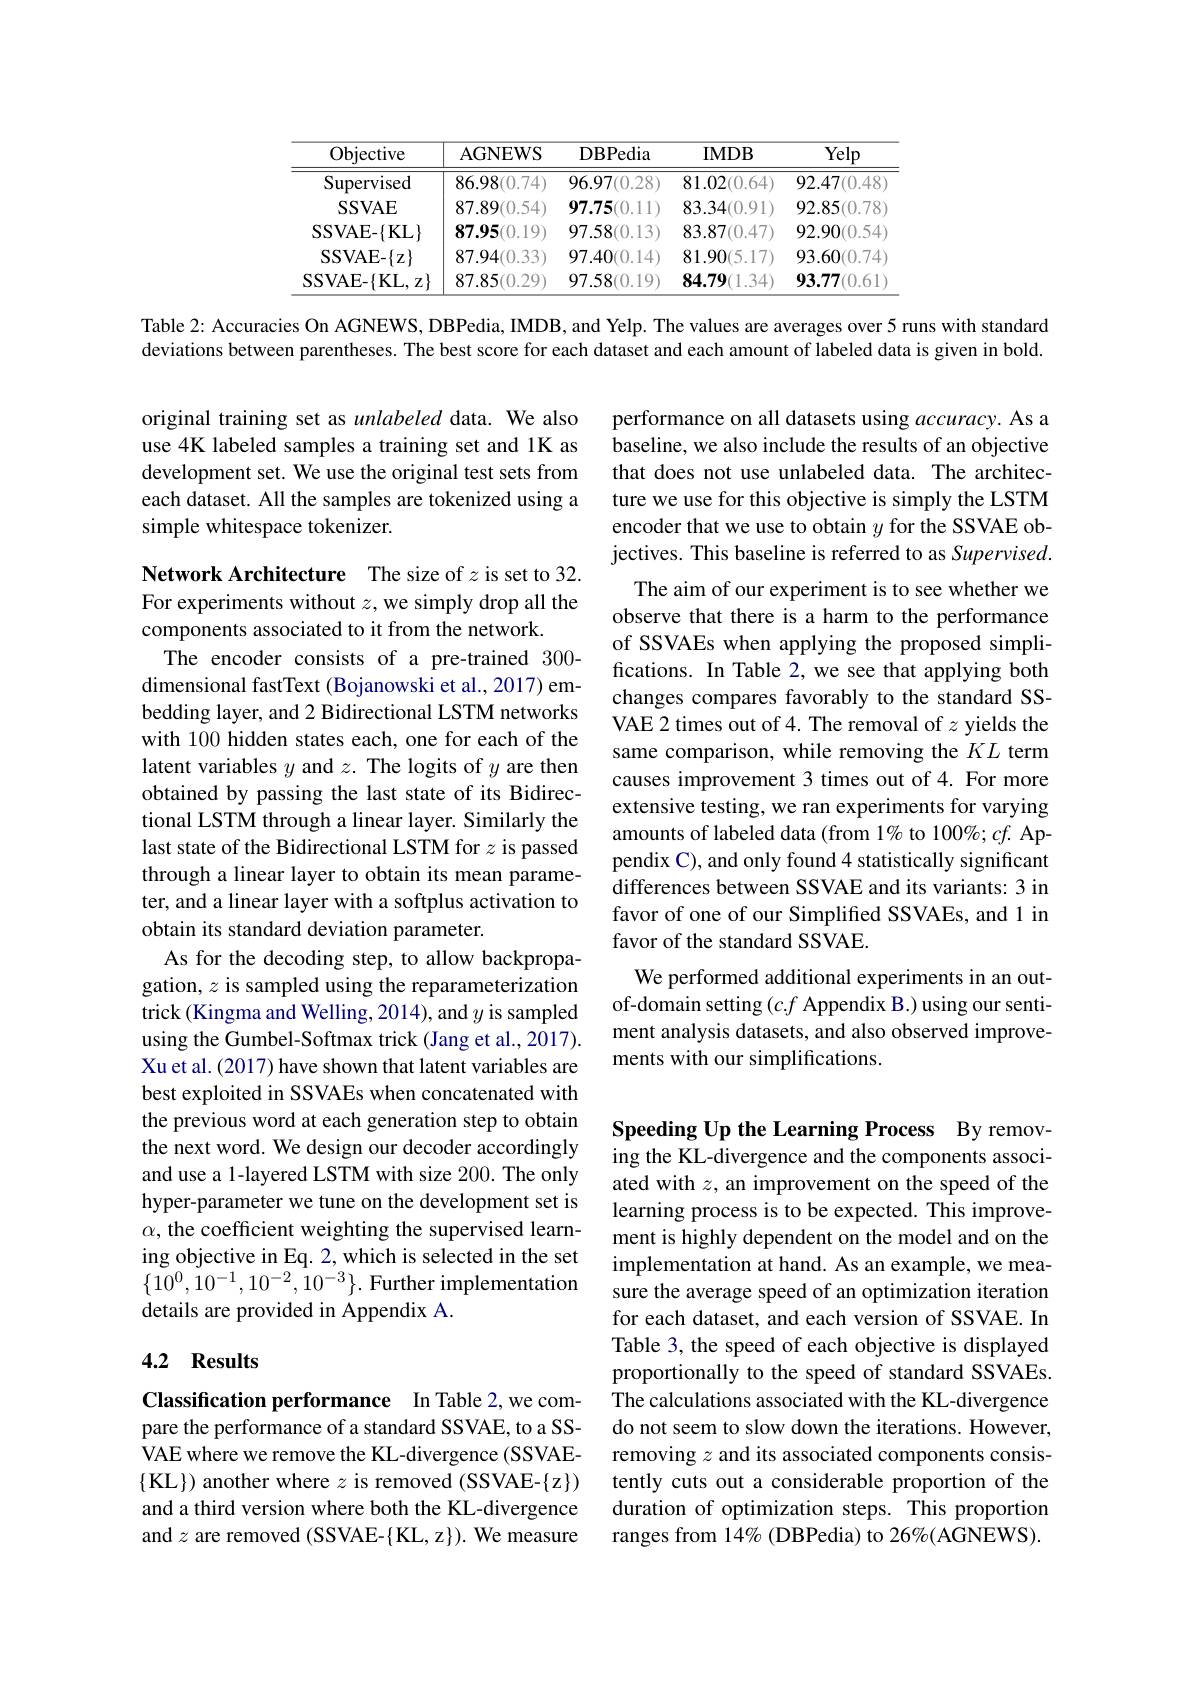
<table>
	<tbody>
		<tr>
			<th>Objective</th>
			<th>AGNEWS</th>
			<th>DBPedia</th>
			<th>$IMDB$</th>
			<th>Yelp</th>
		</tr>
		<tr>
			<td>Supervised</td>
			<td>86.98(0.74)</td>
			<td>96.97(0.28)</td>
			<td>81.02(0.64)</td>
			<td>92.47(0.48</td>
		</tr>
		<tr>
			<td>$\operatorname{SSVAE}$</td>
			<td>87.89(0.54)</td>
			<td>97.75(0.11)</td>
			<td>83.34(0.91)</td>
			<td>92.85(0.78</td>
		</tr>
		<tr>
			<td>$\operatorname{SSVAE-\{KL\}}$</td>
			<td>87.95(0.19)</td>
			<td>97.58(0.13)</td>
			<td>83.87(0.47)</td>
			<td>92.90(0.54</td>
		</tr>
		<tr>
			<td>$\operatorname{SSVAE-\{z\}}$</td>
			<td>87.94(0.33)</td>
			<td>97.40(0.14)</td>
			<td>81.90(5.17)</td>
			<td>93.60(0.74</td>
		</tr>
		<tr>
			<td>$\operatorname{SSVAE-\{KL,z\}}$</td>
			<td>87.85(0.29)</td>
			<td>97.58(0.19)</td>
			<td>84.79(1.34)</td>
			<td>93.77(0.61</td>
		</tr>
	</tbody>
</table>

Table 2: Accuracies On AGNEWS, DBPedia, IMDB, and Yelp. The values are averages over 5 runs with standard

deviations between parentheses. The best score for each dataset and each amount of labeled data is given in bold.

original training set as unlabeled data. We also use 4K labeled samples a training set and 1K as development set. We use the original test sets from each dataset. All the samples are tokenized using a simple whitespace tokenizer.

Network Architecture The size of $z$ is set to 32. For experiments without $z$,we simply drop all the components associated to it from the network.

performance on all datasets using accuracy. As a baseline, we also include the results of an objective that does not use unlabeled data. The architecture we use for this objective is simply the LSTM encoder that we use to obtain $y$ for the SSVAE objectives. This baseline is referred to as Supervised.
The aim of our experiment is to see whether we observe that there is a harm to the performance of SSVAEs when applying the proposed simplifications. In Table 2, we see that applying both changes compares favorably to the standard SSVAE 2 times out of 4. The removal of $z$ yields the same comparison, while removing the $KL$ term causes improvement 3 times out of 4. For more extensive testing, we ran experiments for varying amounts of labeled data (from 1% to 100%; cf. Appendix C), and only found 4 statistically significant differences between SSVAE and its variants: 3 in favor of one of our Simplified SSVAEs, and 1 in favor of the standard SSVAE.
We performed additional experiments in an outof-domain setting $(c.f$ Appendix B.) using our sentiment analysis datasets, and also observed improvements with our simplifications.

The encoder consists of a pre-trained 300- dimensional fastText (Bojanowski et al., 2017) embedding layer, and 2 Bidirectional LSTM networks with 100 hidden states each, one for each of the latent variables $y$ and $z.$ The logits of $y$ are then obtained by passing the last state of its Bidirectional LSTM through a linear layer. Similarly the last state of the Bidirectional LSTM for $z$ is passed through a linear layer to obtain its mean parameter, and a linear layer with a softplus activation to obtain its standard deviation parameter.
As for the decoding step, to allow backpropagation, $z$ is sampled using the reparameterization trick (Kingma and Welling, 2014), and $y$ is sampled using the Gumbel-Softmax trick (Jang et al., 2017). Xu et al. (2017) have shown that latent variables are best exploited in SSVAEs when concatenated with the previous word at each generation step to obtain the next word. We design our decoder accordingly and use a 1-layered LSTM with size 200. The only hyper-parameter we tune on the development set is $\alpha$, the coefficient weighting the supervised learning objective in Eq. 2, which is selected in the set $\{10^0,10^{-1},10^{-2},10^{-3}\}.$ Further implementation details are provided in Appendix A.

Speeding Up the Learning Process By removing the KL-divergence and the components associated with $z$, an improvement on the speed of the learning process is to be expected. This improvement is highly dependent on the model and on the implementation at hand. As an example, we measure the average speed of an optimization iteration for each dataset, and each version of SSVAE. In Table 3, the speed of each objective is displayed proportionally to the speed of standard SSVAEs. The calculations associated with the KL-divergence do not seem to slow down the iterations. However, removing $z$ and its associated components consistently cuts out a considerable proportion of the duration of optimization steps. This proportion ranges from 14% (DBPedia) to 26%(AGNEWS).

### 4.2 Results

Classification performance In Table 2,we compare the performance of a standard SSVAE, to a SSVAE where we remove the KL-divergence (SSVAE- $\{$KL$\})$ another where $z$ is removed (SSVAE-{z}) and a third version where both the KL-divergence and $z$ are removed (SSVAE-{KL}, z}). We measure